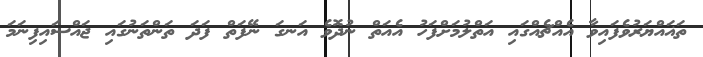
ތަޣައްޔަރުވެފައިވާ އެއްޗެއްގައި އަތްލުމަށްފަހު އެއަތް ނުދޮވެ އަނގަ ނޭފަތް ފަދަ ތަންތަނުގައި ޖައްސައިފިނަމަ